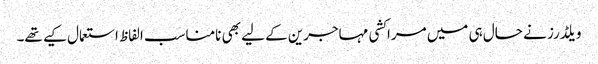
ویلڈرز نے حال ہی میں مراکشی مہاجرین کے لیے بھی نامناسب الفاظ استعمال کیے تھے۔